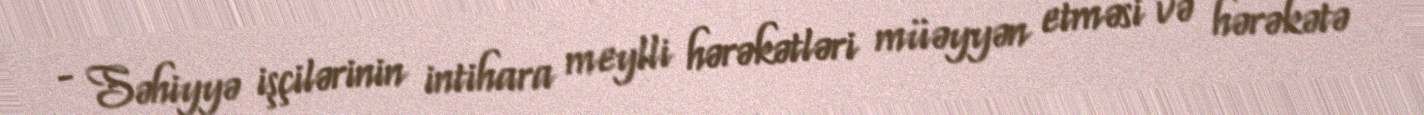
- Səhiyyə işçilərinin intihara meylli hərəkətləri müəyyən etməsi və hərəkətə